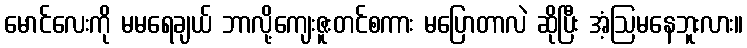
မောင်လေးကို မမရေချယ် ဘာလို့ကျေးဇူးတင်စကား မပြောတာလဲ ဆိုပြီး အံ့ဩမနေဘူးလား။